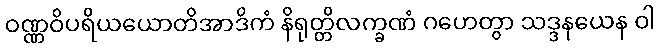
ဝဏ္ဏဝိပရိယယောတိအာဒိကံ နိရုတ္တိလက္ခဏံ ဂဟေတွာ သဒ္ဒနယေန ဝါ